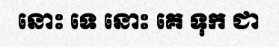
នោះ ទេ នោះ គេ ទុក ជា